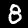
Digit: 8